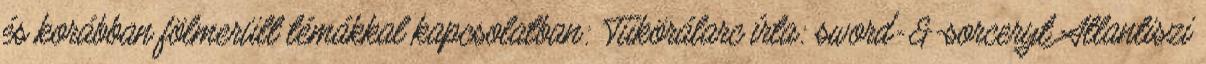
és korábban fölmerült témákkal kapcsolatban: Tükörálarc írta: sword-&-sorceryt Atlantiszi